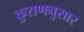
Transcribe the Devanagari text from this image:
कुराणनुसार